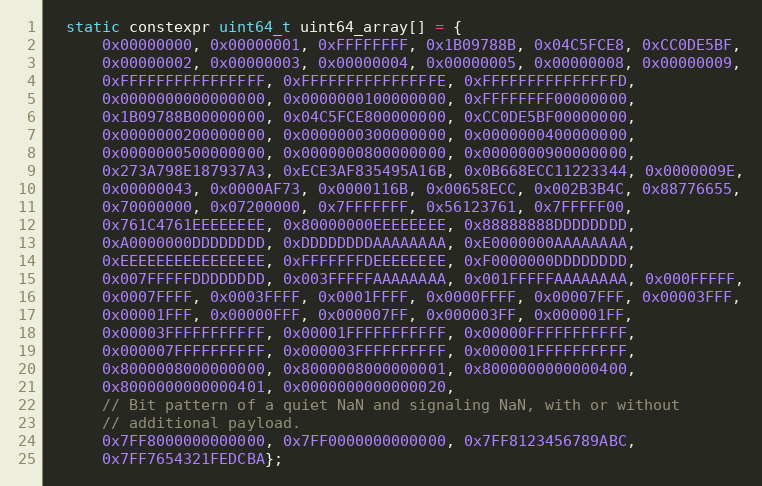
Language: C
  static constexpr uint64_t uint64_array[] = {
      0x00000000, 0x00000001, 0xFFFFFFFF, 0x1B09788B, 0x04C5FCE8, 0xCC0DE5BF,
      0x00000002, 0x00000003, 0x00000004, 0x00000005, 0x00000008, 0x00000009,
      0xFFFFFFFFFFFFFFFF, 0xFFFFFFFFFFFFFFFE, 0xFFFFFFFFFFFFFFFD,
      0x0000000000000000, 0x0000000100000000, 0xFFFFFFFF00000000,
      0x1B09788B00000000, 0x04C5FCE800000000, 0xCC0DE5BF00000000,
      0x0000000200000000, 0x0000000300000000, 0x0000000400000000,
      0x0000000500000000, 0x0000000800000000, 0x0000000900000000,
      0x273A798E187937A3, 0xECE3AF835495A16B, 0x0B668ECC11223344, 0x0000009E,
      0x00000043, 0x0000AF73, 0x0000116B, 0x00658ECC, 0x002B3B4C, 0x88776655,
      0x70000000, 0x07200000, 0x7FFFFFFF, 0x56123761, 0x7FFFFF00,
      0x761C4761EEEEEEEE, 0x80000000EEEEEEEE, 0x88888888DDDDDDDD,
      0xA0000000DDDDDDDD, 0xDDDDDDDDAAAAAAAA, 0xE0000000AAAAAAAA,
      0xEEEEEEEEEEEEEEEE, 0xFFFFFFFDEEEEEEEE, 0xF0000000DDDDDDDD,
      0x007FFFFFDDDDDDDD, 0x003FFFFFAAAAAAAA, 0x001FFFFFAAAAAAAA, 0x000FFFFF,
      0x0007FFFF, 0x0003FFFF, 0x0001FFFF, 0x0000FFFF, 0x00007FFF, 0x00003FFF,
      0x00001FFF, 0x00000FFF, 0x000007FF, 0x000003FF, 0x000001FF,
      0x00003FFFFFFFFFFF, 0x00001FFFFFFFFFFF, 0x00000FFFFFFFFFFF,
      0x000007FFFFFFFFFF, 0x000003FFFFFFFFFF, 0x000001FFFFFFFFFF,
      0x8000008000000000, 0x8000008000000001, 0x8000000000000400,
      0x8000000000000401, 0x0000000000000020,
      // Bit pattern of a quiet NaN and signaling NaN, with or without
      // additional payload.
      0x7FF8000000000000, 0x7FF0000000000000, 0x7FF8123456789ABC,
      0x7FF7654321FEDCBA};